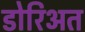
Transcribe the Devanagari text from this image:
डोरिअत